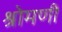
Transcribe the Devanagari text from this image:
श्रोमणी